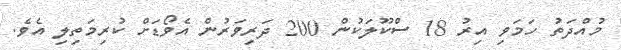
މުއްދަތު ހަމަވި އިރު 18 ސްކޫލަކުން 200 ދަރިވަރުން އެވޯޑަށް ކުރިމަތިލި އެވެ.